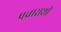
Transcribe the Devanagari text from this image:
प्रचाराशी